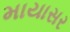
માયાસર